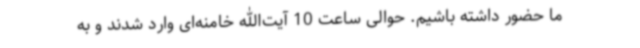
ما حضور داشته باشیم. حوالی ساعت 10 آیت‌الله خامنه‌ای وارد شدند و به